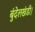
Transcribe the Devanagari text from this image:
बुंदेलखंडी।